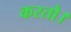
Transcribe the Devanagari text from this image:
करतौ।